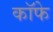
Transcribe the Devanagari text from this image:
कॉफे